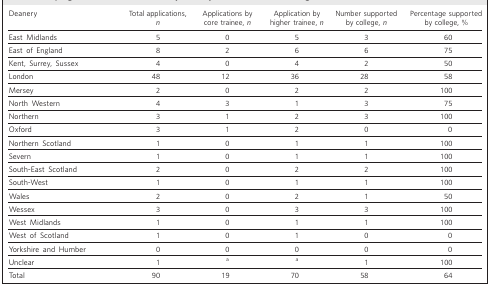
<table><thead><tr><td><b>Deanery</b></td><td><b>Total applications,<i>n</i></b></td><td><b>Applications bycore trainee, <i>n</i></b></td><td><b>Application byhigher trainee, <i>n</i></b></td><td><b>Number supportedby college, <i>n</i></b></td><td><b>Percentage supportedby college, %</b></td></tr></thead><tbody><tr><td>East Midlands</td><td>5</td><td>0</td><td>5</td><td>3</td><td>60</td></tr><tr><td>East of England</td><td>8</td><td>2</td><td>6</td><td>6</td><td>75</td></tr><tr><td>Kent, Surrey, Sussex</td><td>4</td><td>0</td><td>4</td><td>2</td><td>50</td></tr><tr><td>London</td><td>48</td><td>12</td><td>36</td><td>28</td><td>58</td></tr><tr><td>Mersey</td><td>2</td><td>0</td><td>2</td><td>2</td><td>100</td></tr><tr><td>North Western</td><td>4</td><td>3</td><td>1</td><td>3</td><td>75</td></tr><tr><td>Northern</td><td>3</td><td>1</td><td>2</td><td>3</td><td>100</td></tr><tr><td>Oxford</td><td>3</td><td>1</td><td>2</td><td>0</td><td>0</td></tr><tr><td>Northern Scotland</td><td>1</td><td>0</td><td>1</td><td>1</td><td>100</td></tr><tr><td>Severn</td><td>1</td><td>0</td><td>1</td><td>1</td><td>100</td></tr><tr><td>South-East Scotland</td><td>2</td><td>0</td><td>2</td><td>2</td><td>100</td></tr><tr><td>South-West</td><td>1</td><td>0</td><td>1</td><td>1</td><td>100</td></tr><tr><td>Wales</td><td>2</td><td>0</td><td>2</td><td>1</td><td>50</td></tr><tr><td>Wessex</td><td>3</td><td>0</td><td>3</td><td>3</td><td>100</td></tr><tr><td>West Midlands</td><td>1</td><td>0</td><td>1</td><td>1</td><td>100</td></tr><tr><td>West of Scotland</td><td>1</td><td>0</td><td>1</td><td>0</td><td>0</td></tr><tr><td>Yorkshire and Humber</td><td>0</td><td>0</td><td>0</td><td>0</td><td>0</td></tr><tr><td>Unclear</td><td>1</td><td><sup>a</sup></td><td><sup>a</sup></td><td>1</td><td>100</td></tr><tr><td>Total</td><td>90</td><td>19</td><td>70</td><td>58</td><td>64</td></tr></tbody></table>